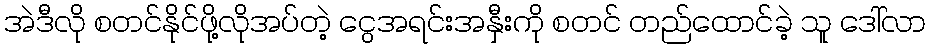
အဲဒီလို စတင်နိုင်ဖို့လိုအပ်တဲ့ ငွေအရင်းအနှီးကို စတင် တည်ထောင်ခဲ့ သူ ဒေါ်လာ